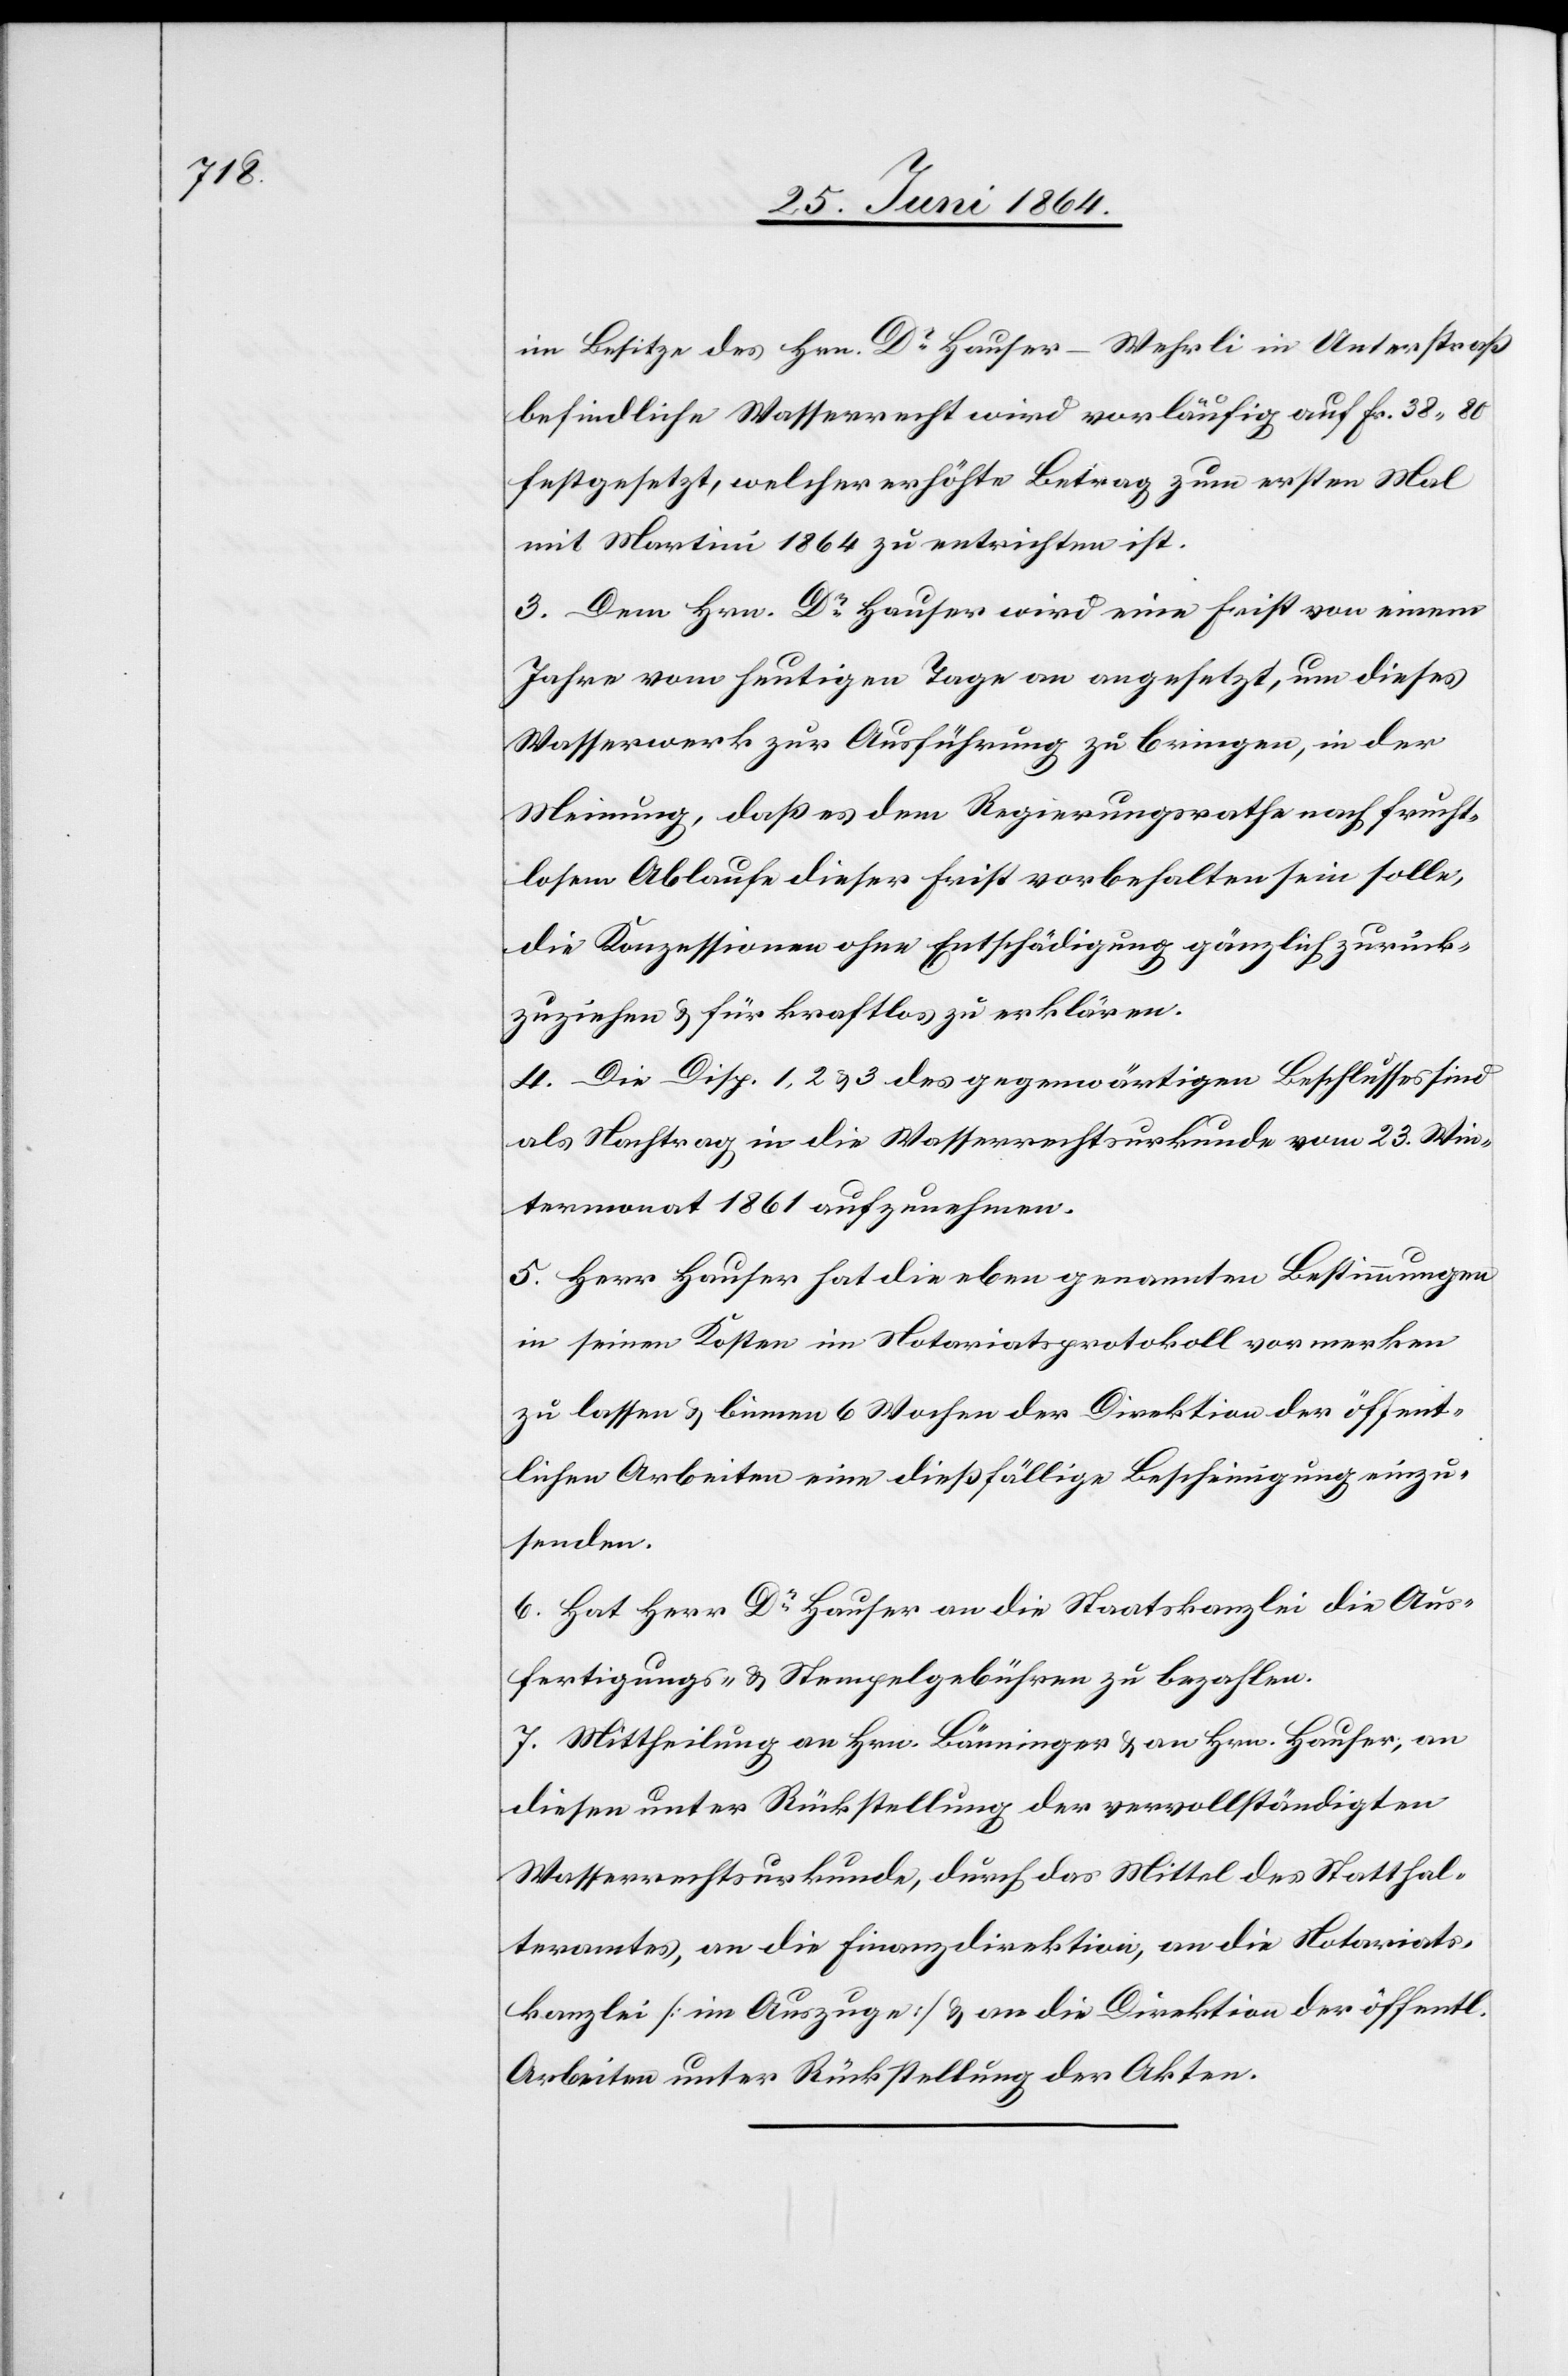
im Besitze des Hrn. Dr Hauser-Wehrli in Unterstraß
befindliche Wasserrecht wird vorläufig auf Fr. 38 80
festgesetzt, welcher erhöhte Betrag zum ersten Mal
mit Martini 1864 zu entrichten ist.
3. Dem Hrn. Dr Hauser wird eine Frist von einem
Jahre vom heutigen Tage an angesetzt, um dieses
Wasserwerk zur Ausführung zu bringen, in der
Meinung, daß es dem Regierungsrathe nach frucht¬
losem Ablaufe dieser Frist vorbehalten sein solle,
die Konzessionen ohne Entschädigung gänzlich zurück¬
zuziehen u. für kraftlos zu erklären.
4. Die Disp. 1, 2 u. 3 des gegenwärtigen Beschlusses sind
als Nachtrag in die Wasserrechtsurkunde vom 23. Win¬
termonat 1861 aufzunehmen.
5. Herr Hauser hat die eben genannten Bestimmungen
in seinen Kosten im Notariatsprotokoll vormerken
zu lassen u. binnen 6 Wochen der Direktion der öffent¬
lichen Arbeiten eine dießfällige Bescheinigung einzu¬
senden.
6. Hat Herr Dr Hauser an die Staatskanzlei die Aus¬
fertigungs- u. Stempelgebühren zu bezahlen.
7. Mittheilung an Hrn. Bänninger u. an Hrn. Hauser, an
diesen unter Rückstellung der vervollständigten
Wasserrechtsurkunde, durch das Mittel des Statthal¬
teramtes, an die Finanzdirektion, an die Notariats¬
kanzlei [im Auszuge] u. an die Direktion der öffentl.
Arbeiten unter Rückstellung der Akten.